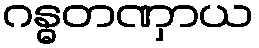
ဂန္ဓတဏှာယ